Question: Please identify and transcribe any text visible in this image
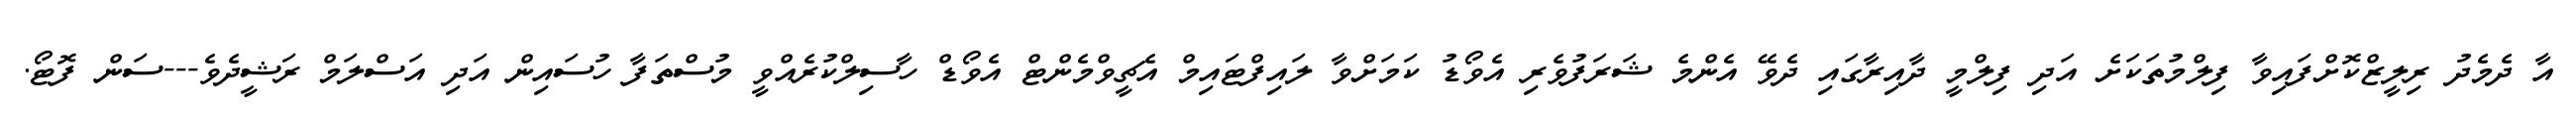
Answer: އާ ދެމެދު ރިލީޒްކޮށްފައިވާ ފިލްމުތަކަށެ އަދި ފިލްމީ ދާއިރާގައި ދެވޭ އެންމެ ޝަރަފުވެރި އެވޯޑު ކަމަށްވާ ލައިފްޓައިމް އެޗީވްމެންޓް އެވޯޑް ހާސިލްކުރެއްވީ މުސްތަފާ ހުސައިން އަދި އަސްލަމް ރަޝީދެވެ---ސަން ފޮޓޯ.